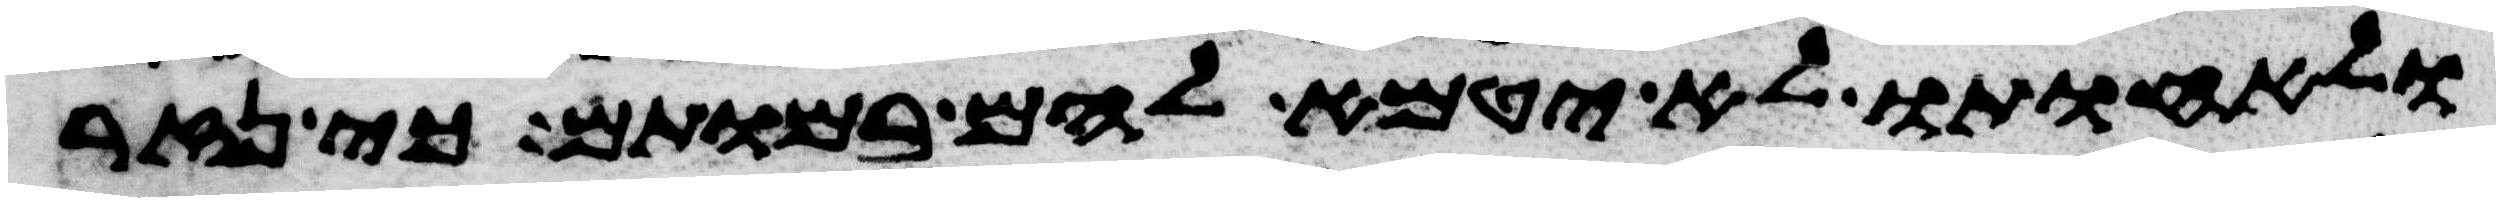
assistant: ולאחותו לא יטמא להם במותם כי נזר